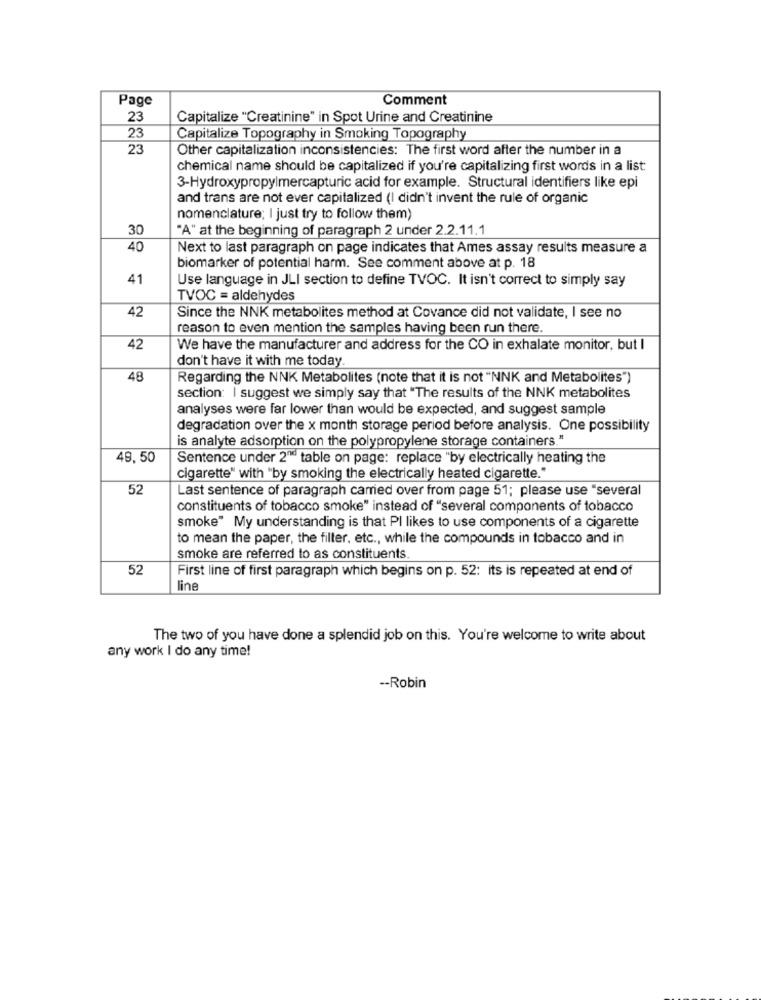
Page
Comment
23
Capitalize "Creatinine" in Spot Urine and Creatinine
23
Capitalize Topography in Smoking Topography
23
Other capitalization inconsistencies: The first word after the number in a
chemical name should be capitalized if you're capitalizing first words in a list:
3-Hydroxypropylmercapturic acid for example. Structural identifiers like epi
and trans are not ever capitalized (I didn't invent the rule of organic
nomenclature; I just try to follow them)
30
"A" at the beginning of paragraph 2 under 2.2.11.1
40
Next to last paragraph on page indicates that Ames assay results measure a
biomarker of potential harm. See comment above at p. 18
41
Use language in JLI section to define TVOC. It isn't correct to simply say
TVOC = aldehydes
42
Since the NNK metabolites method at Covance did not validate, I see no
reason to even mention the samples having been run there.
42
We have the manufacturer and address for the CO in exhalate monitor, but I
don't have it with me today
48
Regarding the NNK Metabolites (note that it is not "NNK and Metabolites")
section: I suggest we simply say that "The results of the NNK metabolites
analyses were far lower than would be expected, and suggest sample
degradation over the x month storage period before analysis. One possibility
is analyte adsorption on the polypropylene storage containers."
49,50
Sentence under 2" table on page: replace "by electrically heating the
cigarette" with "by smoking the electrically heated cigarette."
52
Last sentence of paragraph carried over from page 51; please use "several
constituents of tobacco smoke" instead of "several components of tobacco
smoke" My understanding is that PI likes to use components of a cigarette
to mean the paper, the filter, etc ., while the compounds in tobacco and in
smoke are referred to as constituents
52
First line of first paragraph which begins on p. 52: its is repeated at end of
line
The two of you have done a splendid job on this. You're welcome to write about
any work I do any time!
-- Robin